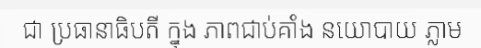
ជា ប្រធានាធិបតី ក្នុង ភាពជាប់គាំង នយោបាយ ភ្លាម